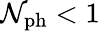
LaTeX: \mathcal{N}_{\mathrm{{ph}}}<1